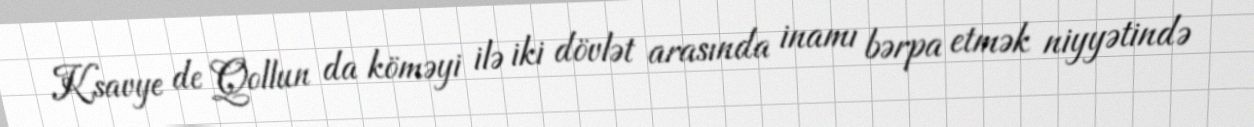
Ksavye de Qollun da köməyi ilə iki dövlət arasında inamı bərpa etmək niyyətində